Source: Handwritten
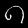
Digit: ၈ (8)